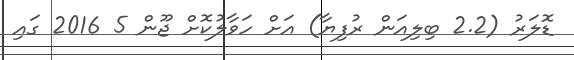
ޑޮލަރު (2.2 ބިލިއަން ރުފިޔާ) އަށް ހަވާލުކޮށް ޖޫން 5 2016 ގައި